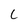
Character: L